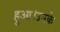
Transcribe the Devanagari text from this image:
हुआ।उनके